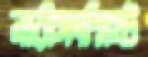
নারীসংশ্লিষ্ট